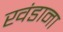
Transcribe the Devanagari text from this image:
खंडाना